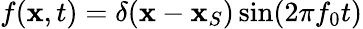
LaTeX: f(\mathbf{x},t)=\delta(\mathbf{x}-\mathbf{x}_{S})\sin(2\pi f_{0}t)